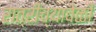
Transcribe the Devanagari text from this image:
रात्रीच्यावेळी